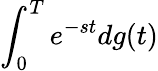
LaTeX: \int_{0}^{T}e^{-st}dg(t)